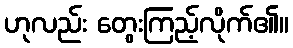
ဟုလည်း တွေးကြည့်လိုက်၏။